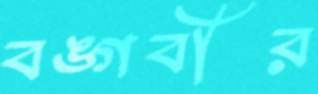
বঙ্গবীর